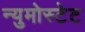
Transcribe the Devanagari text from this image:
न्युमोस्टेट